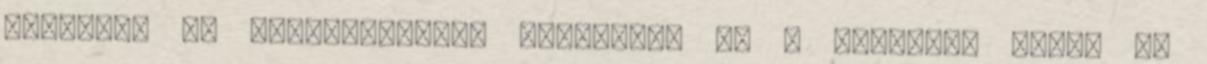
finomabb és egészségesebb ételekhez Ha a családra rátör az